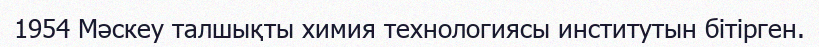
1954 Мәскеу талшықты химия технологиясы институтын бітірген.